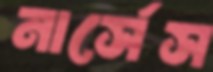
নার্সেস